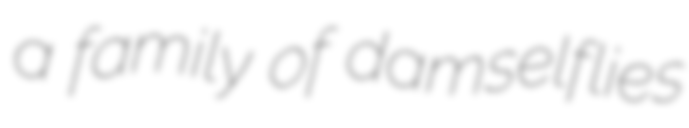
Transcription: a family of damselflies